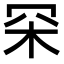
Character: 罙